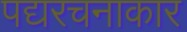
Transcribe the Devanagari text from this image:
पद्यरचनाकार